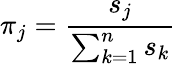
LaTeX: \pi_{j}=\frac{s_{j}}{\sum_{k=1}^{n}s_{k}}